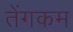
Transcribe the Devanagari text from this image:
तेंगकम